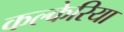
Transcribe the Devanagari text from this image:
कल्केरिया